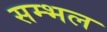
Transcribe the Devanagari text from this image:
सम्‍भल